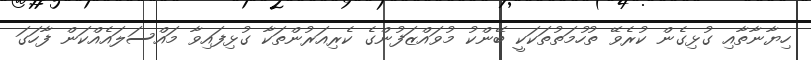
ހިޔާނާތާއި ގުޅިގެން ކުރެވޭ ތުހުމަތުތަކަކީ ބޭންކު މުވައްޒަފުންގެ ކެރިއަރުންތަކާ ގުޅިފައިވާ މައްސަލައެއްކަން ފާހަގަ